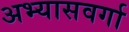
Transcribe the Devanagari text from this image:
अभ्यासवर्गा